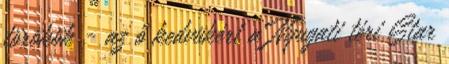
törökök - az ő kedvükért a Nyugati téri Star